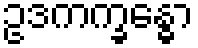
ဥဒကက္ခန္ဓော